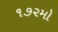
૧૭૨મો